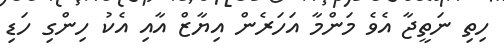
ހިތި ނަތީޖާ އެވެ މަންމާ އަހަރެން އިޔާޒް އާއި އެކު ހިންގި ހަޑި